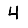
Digit: 4